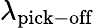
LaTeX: \lambda_{\mathrm{pick-off}}